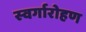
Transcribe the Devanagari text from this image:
स्‍वर्गारोहण